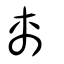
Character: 禼